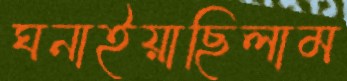
ঘনাইয়াছিলাম